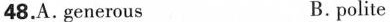
48.A. gếnerous B. pőlite